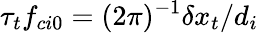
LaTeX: \tau_{t}f_{ci0}=(2\pi)^{-1}\delta x_{t}/d_{i}